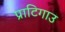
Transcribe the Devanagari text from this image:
प्राटिगाउ